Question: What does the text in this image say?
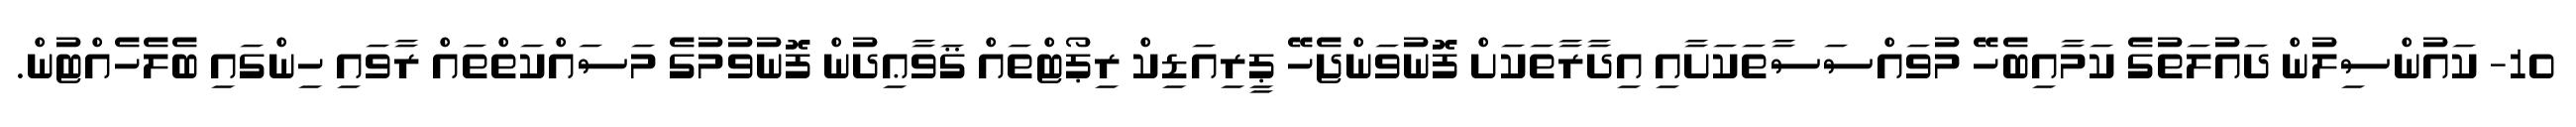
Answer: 10- ކައުންސިލުން ދައުލަތުގެ ކަމާއިބެހޭ މުވައްސަސާތަކަށާއި އިދާރާތަކަށް ފޮނުވަންޖެހޭ ޕީރިއަޑިކް ރިޕޯޓްތައް ޤަވާޢިދުން ފޮނުވުމުގެ މަސައްކަތްތައް ރާވައި ހިންގައި ބެލެހެއްޓުން.